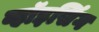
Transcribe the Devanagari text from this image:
व्हॉइसिंग